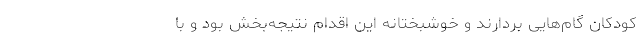
کودکان گام‌هایی بردارند و خوشبختانه این اقدام نتیجه‌بخش بود و با